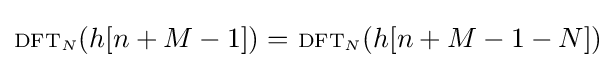
\scriptstyle {\text{DFT}}_{N}\displaystyle (h[n+M-1])=\ \scriptstyle {\text{DFT}}_{N}\displaystyle (h[n+M-1-N])